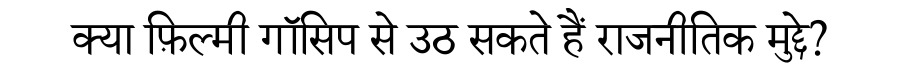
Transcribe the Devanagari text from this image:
क्या फ़िल्मी गॉसिप से उठ सकते हैं राजनीतिक मुद्दे?